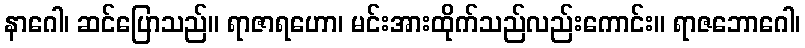
နာဂေါ၊ ဆင်ပြောသည်။ ရာဇာရဟော၊ မင်းအားထိုက်သည်လည်းကောင်း။ ရာဇဘောဂေါ၊